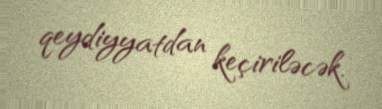
qeydiyyatdan keçiriləcək.